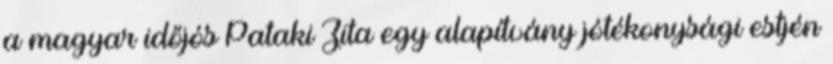
a magyar időjós Pa­taki Zita egy ala­pít­vány jó­té­kony­sági est­jén